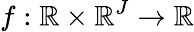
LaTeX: f:\mathbb{R}\times\mathbb{R}^{J}\to\mathbb{R}